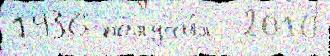
1936 получи́л  2010